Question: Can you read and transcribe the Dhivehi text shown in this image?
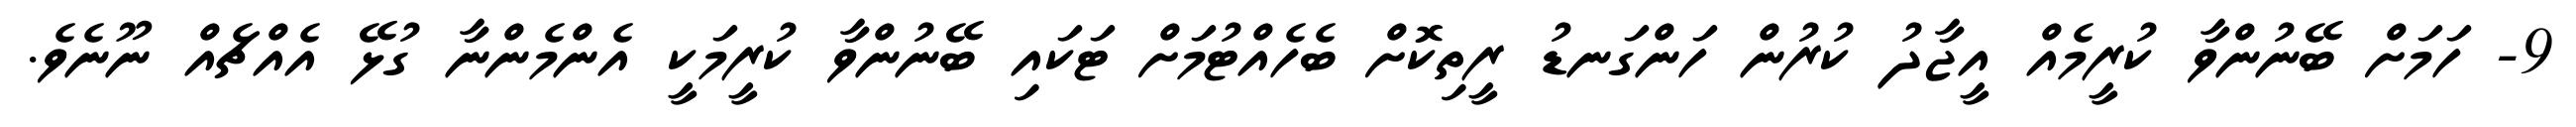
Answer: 9- ހަމަށް ބޭނުންވާ ކުރީމެއް އީޖާދު ކުރުން ހަންގަނޑު ރީތިކޮށް ބެހެއްޓުމަށް ޓަކައި ބޭނުންވާ ކުރީމަކީ އެންމެންނާ ގުޅޭ އެއްޗެއް ނޫނެވެ.